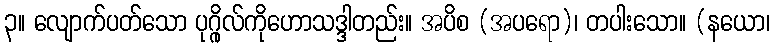
၃။ လျောက်ပတ်သော ပုဂ္ဂိုလ်ကိုဟောသဒ္ဒါတည်း။ အပိစ (အပရော)၊ တပါးသော။ (နယော၊